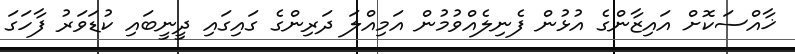
ޚާއްސަކޮށް އައިޒާންގެ އުޅުން ފެނިލެއްވުމުން އަމިއްލަ ދަރިންގެ ގައިގައި ދީނީބައި ކުޑަވަރު ފާހަގަ